Malarial fevers
Disease focus: Malaria
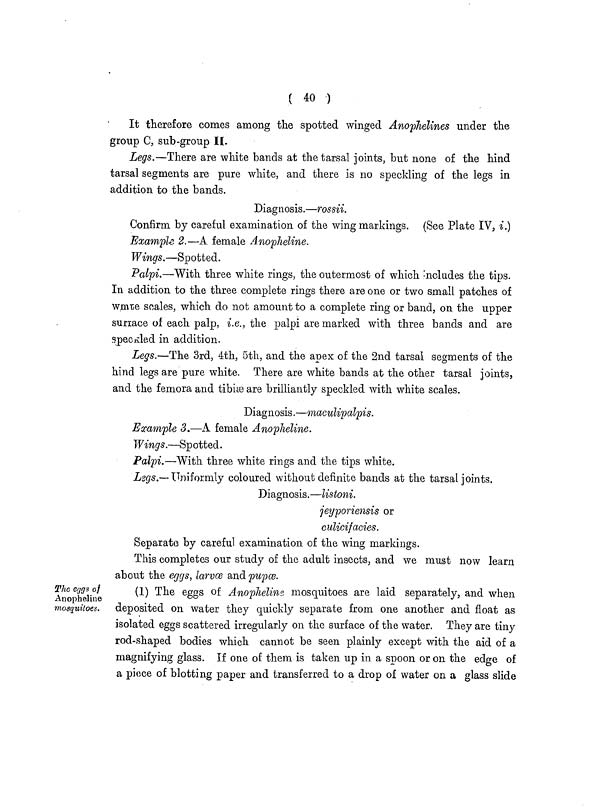
( 40 )
It therefore comes among the spotted winged Anophelines under the
group C, sub-group II.
Legs.—There are white bands at the tarsal joints, but none of the hind
tarsal segments are pure white, and there is no speckling of the legs in
addition to the bands.
Diagnosis.—rossii.
Confirm by careful examination of the wing markings. (See Plate IV, i.)
Example 2.—A female Anopheline.
Wings.—Spotted.
Palpi.—With three white rings, the outermost of which 'ncludes the tips.
In addition to the three complete rings there are one or two small patches of
\ill\ scales, which do not amount to a complete ring or band, on the upper
surrace of each palp, i.e., the palpi are marked with three bands and are
speckled in addition.
Legs.—The 3rd, 4th, 5th, and the apex of the 2nd tarsal segments of the
hind legs are pure white. There are white bands at the other tarsal joints,
and the femora and tibiæ are brilliantly speckled with white scales.
Diagnosis.—maculipalpis.
Example 3.—A female Anopheline.
Wings.—Spotted.
Palpi.—With three white rings and the tips white.
Legs.— Uniformly coloured without definite bands at the tarsal joints.
Diagnosis.—listoni.
jeyporiensis or
culicifacies.
Separate by careful examination of the wing markings.
This completes our study of the adult insects, and we must now learn
about the eggs, larvæ and pupæ.
The eggs of
Anopheline
mosquitoes.
(1) The eggs of Anopheline mosquitoes are laid separately, and when
deposited on water they quickly separate from one another and float as
isolated eggs scattered irregularly on the surface of the water. They are tiny
rod-shaped bodies which cannot be seen plainly except with the aid of a
magnifying glass. If one of them is taken up in a spoon or on the edge of
a piece of blotting paper and transferred to a drop of water on a glass slide